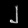
Digit: ၂